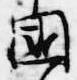
国